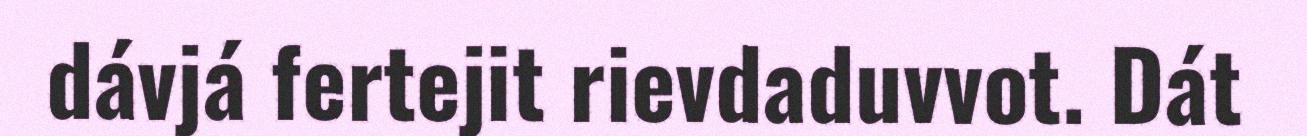
dávjá fertejit rievdaduvvot. Dát